Source: Handwritten
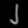
Digit: ၂ (2)